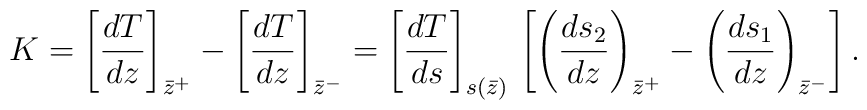
K = \left[ {dT \over dz}\right]_{\bar{z}^+} - \left[ {dT \over dz}\right]_{\bar{z}^-} = \left[ {dT \over ds} \right]_{s(\bar{z})} \,  \left[ \left( {ds_2 \over dz} \right)_{\bar{z}^+} - \left( {ds_1 \over dz} \right)_{\bar{z}^-} \right].